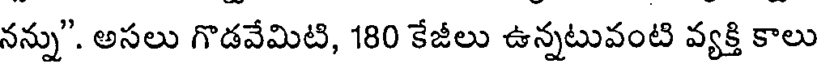
నన్ను". అసలు గొడవేమిటి, 180 కేజీలు ఉన్నటువంటి వ్యక్తి కాలు